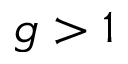
g > 1